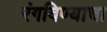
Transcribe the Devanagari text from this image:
रंगविण्याचा